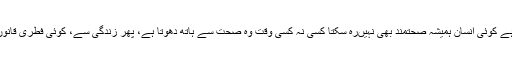
جہاں تک صحت کا تعلق ہے کوئی انسان ہمیشہ صحتمند بھی نہیںرہ سکتا کسی نہ کسی وقت وہ صحت سے ہاتھ دھوتا ہے، پھر زندگی سے، کوئی فطری قانون سے ماورا نہیں رہ سکتا۔